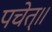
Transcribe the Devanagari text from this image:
पचेत्॥